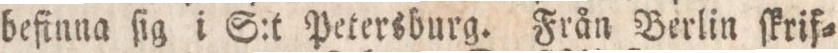
befinna ſig i S:t Petersburg. Från Berlin ſkrif=